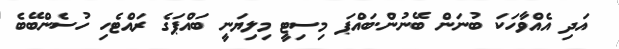
އަދި އެއްވާހަކަ ބުނަން ބޭނުން.ބައްޕަ މިސިޓީ މިލިޔަނީ ބައްޕަގެ ރައްޓެހި ހުސެންބޭބެ